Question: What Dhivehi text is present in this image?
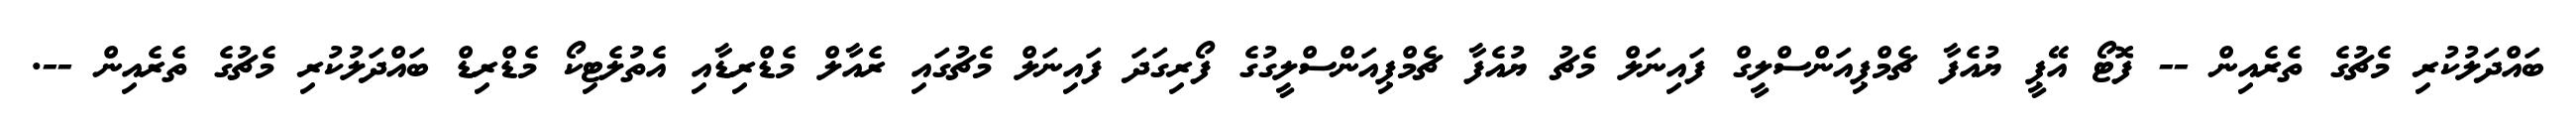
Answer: ބައްދަލުކުރި މެޗުގެ ތެރެއިން -- ފޮޓޯ އޭޕީ ޔުއެފާ ޗެމްޕިއަންސްލީގް ފައިނަލް މެޗު ޔުއެފާ ޗެމްޕިއަންސްލީގުގެ ފޯރިގަދަ ފައިނަލް މެޗުގައި ރެއާލް މެޑްރިޑާއި އެތުލެޓިކޯ މެޑްރިޑް ބައްދަލުކުރި މެޗުގެ ތެރެއިން --.